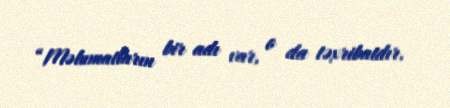
“Məlumatların bir adı var, o da təxribatdır.